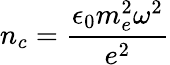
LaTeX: n_{c}=\frac{\epsilon_{0}m_{e}^{2}\omega^{2}}{e^{2}}